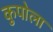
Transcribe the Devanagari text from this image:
कुपोला